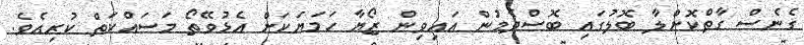
ގެނެސް ގާތްކޮށްލާ ބޮލުގައި ބޮސްދެމުން އައިވިން ޒޯޔާ ހަމަޔަކަށް އެޅުވޭތޯ މަސައްކަތް ކުރިއެވެ.